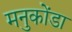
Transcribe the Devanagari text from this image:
मनुकोंडा